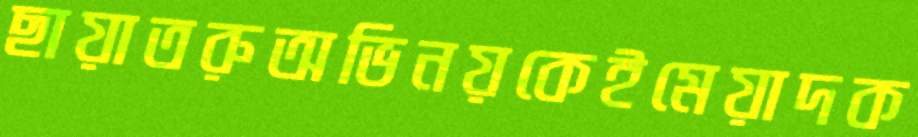
ছায়াতরুঅভিনয়কেইমেয়াদক